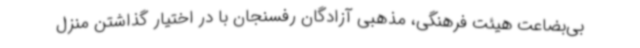
بی‌بضاعت هیئت فرهنگی، مذهبی آزادگان رفسنجان با در اختیار گذاشتن منزل